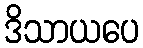
ဒိသာယပေ